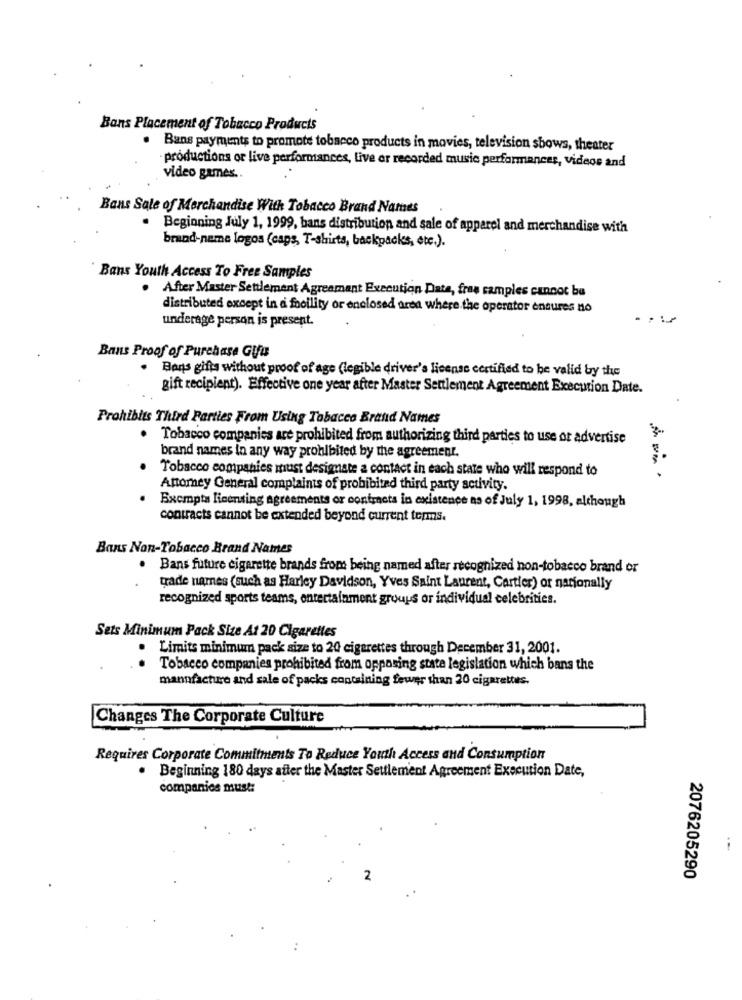
Bans Placement of Tobacco Products
. Bans payments to promote tobacco products in movies, television shows, theater
productions or live performances, live or recorded music performances, videos and
video games.
Bans Sale of Merchandise With Tobacco Brand Names
Beginning July 1, 1999, bans distribution and sale of apparel and merchandise with
brand-name logos (caps, T-shirts, backpacks, etc.).
Bans Youth Access To Free Samples
After Master Settlement Agreamant Execution Data, free samples cannot be
distributed except in a foollity or enclosed area where the operator ensures no
underage person is present.
Bans Proof of Purchase Gifu
Bons gifta without proof of age (legible driver's license certified to be valid by the
gift recipient). Effective one year after Master Settlement Agreement Execution Date.
Prohibits Third Parties From Using Tobacco Brand Names
. Tobacco companies are prohibited from authorizing third parties to use or advertise
brand names in any way prohibited by the agreement.
Tobacco companies must designate a contact in each state who will respond to
---
Attorney General complaints of probibited third party sculvity.
Exempta licensing agreements or contrets in existence ns of July 1, 1998, although
contracts cannot be extended beyond current terms.
Bans Non-Tobacco Brand Names
. Bans future cigarette brands from being named after recognized non-tobacco brand or
trade names (such as Harley Davidson, Yves Saint Laurent, Cartier) or nationally
recognized sports teams, entertainment groups or individual celebrities.
Sets Minimum Pack Size At 20 Cigarettes
Limits minimum pack size to 20 cigarettes through December 31, 2001.
..
Tobacco companies prohibited from opposing state legislation which bans the
mannfacture and sale of packs containing fewer than 20 cigarettes.
Changes The Corporate Culture
Requires Corporate Commitments To Reduce Youth Access and Consumption
. Beginning 180 days after the Master Settlement Agreement Execution Date,
companies must:
2
2076205290